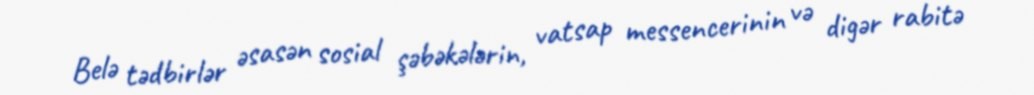
Belə tədbirlər əsasən sosial şəbəkələrin, vatsap messencerinin və digər rabitə